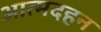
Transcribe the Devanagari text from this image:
आत्मदहन